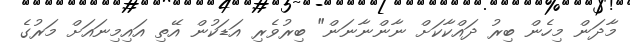
މާދަން މިހެން ބިރު ދައްކާކަށް ނާންނާނަން" ބިރުވެރި އަޑަކުން އޭތި އައިމިނައަށް މަރުގެ